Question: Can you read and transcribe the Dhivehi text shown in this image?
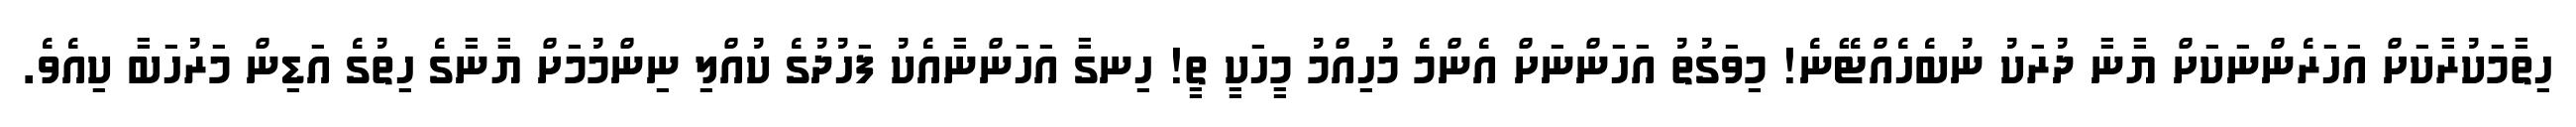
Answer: ހިތާމަކުރާކަށް އަހަރެންނަކަށް ޔާނާ ދުރަކު ނުބެހެއްޓޭނެ! މިވަގުތު އަހަންނަށް އެންމެ މުހިއްމު މީހަކީ ތީ! ހިނގާ އަހަންނާއެކު ފަހުދުގެ ކުއްލި ނިންމުމަށް ޔާނާގެ ހިތުގެ އަޑިން މަރުހަބާ ކިއެވެ.